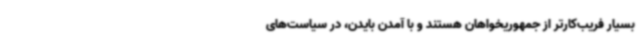
بسیار فریب‌کارتر از جمهوریخواهان هستند و با آمدن بایدن، در سیاست‌های